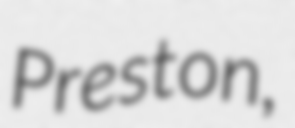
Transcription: Preston,